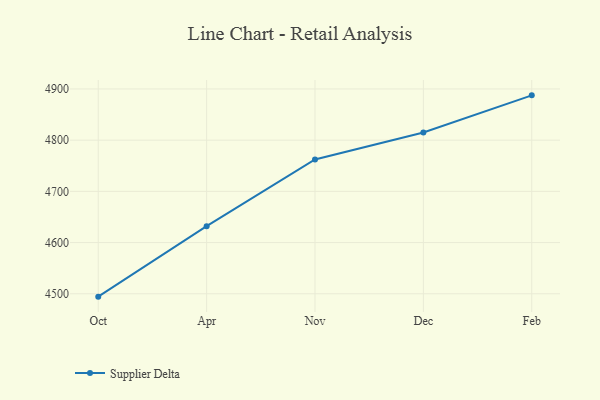
{"axis": {"x": "Month", "y": "Tickets Resolved"}, "legend": ["Supplier Delta"], "data": [{"x": "Oct", "y": 4494.4, "type": "Supplier Delta"}, {"x": "Apr", "y": 4632.0, "type": "Supplier Delta"}, {"x": "Nov", "y": 4762.4, "type": "Supplier Delta"}, {"x": "Dec", "y": 4815.0, "type": "Supplier Delta"}, {"x": "Feb", "y": 4887.5, "type": "Supplier Delta"}]}